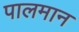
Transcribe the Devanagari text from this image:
पालमान